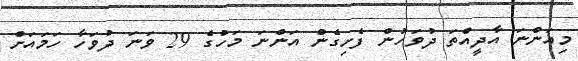
މިއަންނަ އާދީއްތަ ދުވަހުން ފެށިގެން އަންނަ މަހުގެ 29 ވަނަ ދުވަހާ ހަމައަށް